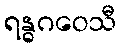
ရန္ဓဂဝေသီ